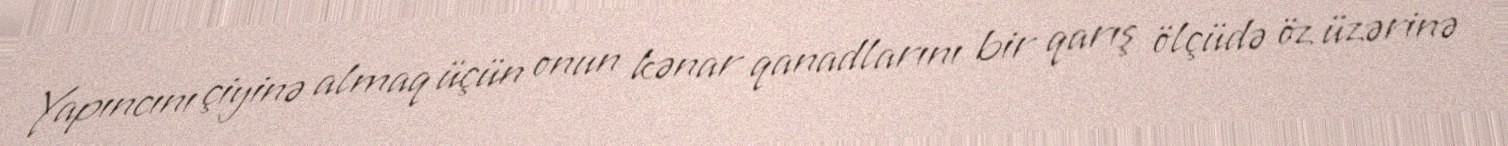
Yapıncını çiyinə almaq üçün onun kənar qanadlarını bir qarış ölçüdə öz üzərinə